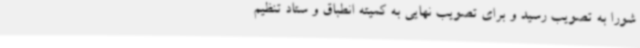
شورا به تصویب رسید و برای تصویب نهایی به کمیته انطباق و ستاد تنظیم